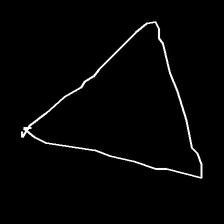
Glyph: convergence